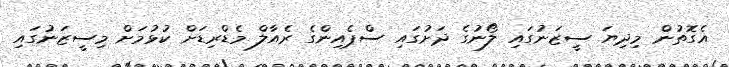
އެގޮތުން މިދިޔަ ސީޒަނުގައި ލޯނުގެ ދަށުގައި ސްޕެއިންގެ ރެއާލް މެޑްރިޑަށް ކުޅުމަށް މިސީޒަނުގައި